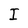
Character: I